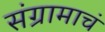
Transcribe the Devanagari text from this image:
संग्रामाचं